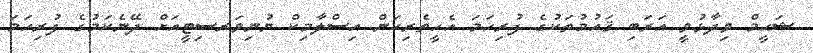
ޝަޙީމް ވިދާޅުވީ އަރަބި ޤައުމުތަކުގެ ފުރިހަމަ އެހީތެރިކަން އިސްލާމިކް ޔުނިވަރސިޓީއަށް ދޭނެކަމުގެ ފުރިހަމަ